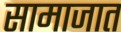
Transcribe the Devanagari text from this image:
सामाजात